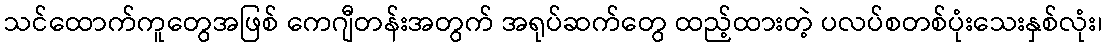
သင်ထောက်ကူတွေအဖြစ် ကေဂျီတန်းအတွက် အရုပ်ဆက်တွေ ထည့်ထားတဲ့ ပလပ်စတစ်ပုံးသေးနှစ်လုံး၊